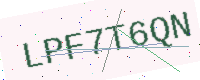
Text: LPF7T6QN